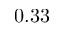
0 . 3 3